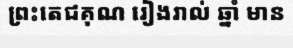
ព្រះតេជគុណ រៀងរាល់ ឆ្នាំ មាន